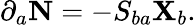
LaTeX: \partial_{a}\mathbf{N}=-S_{ba}\mathbf{X}_{b}.